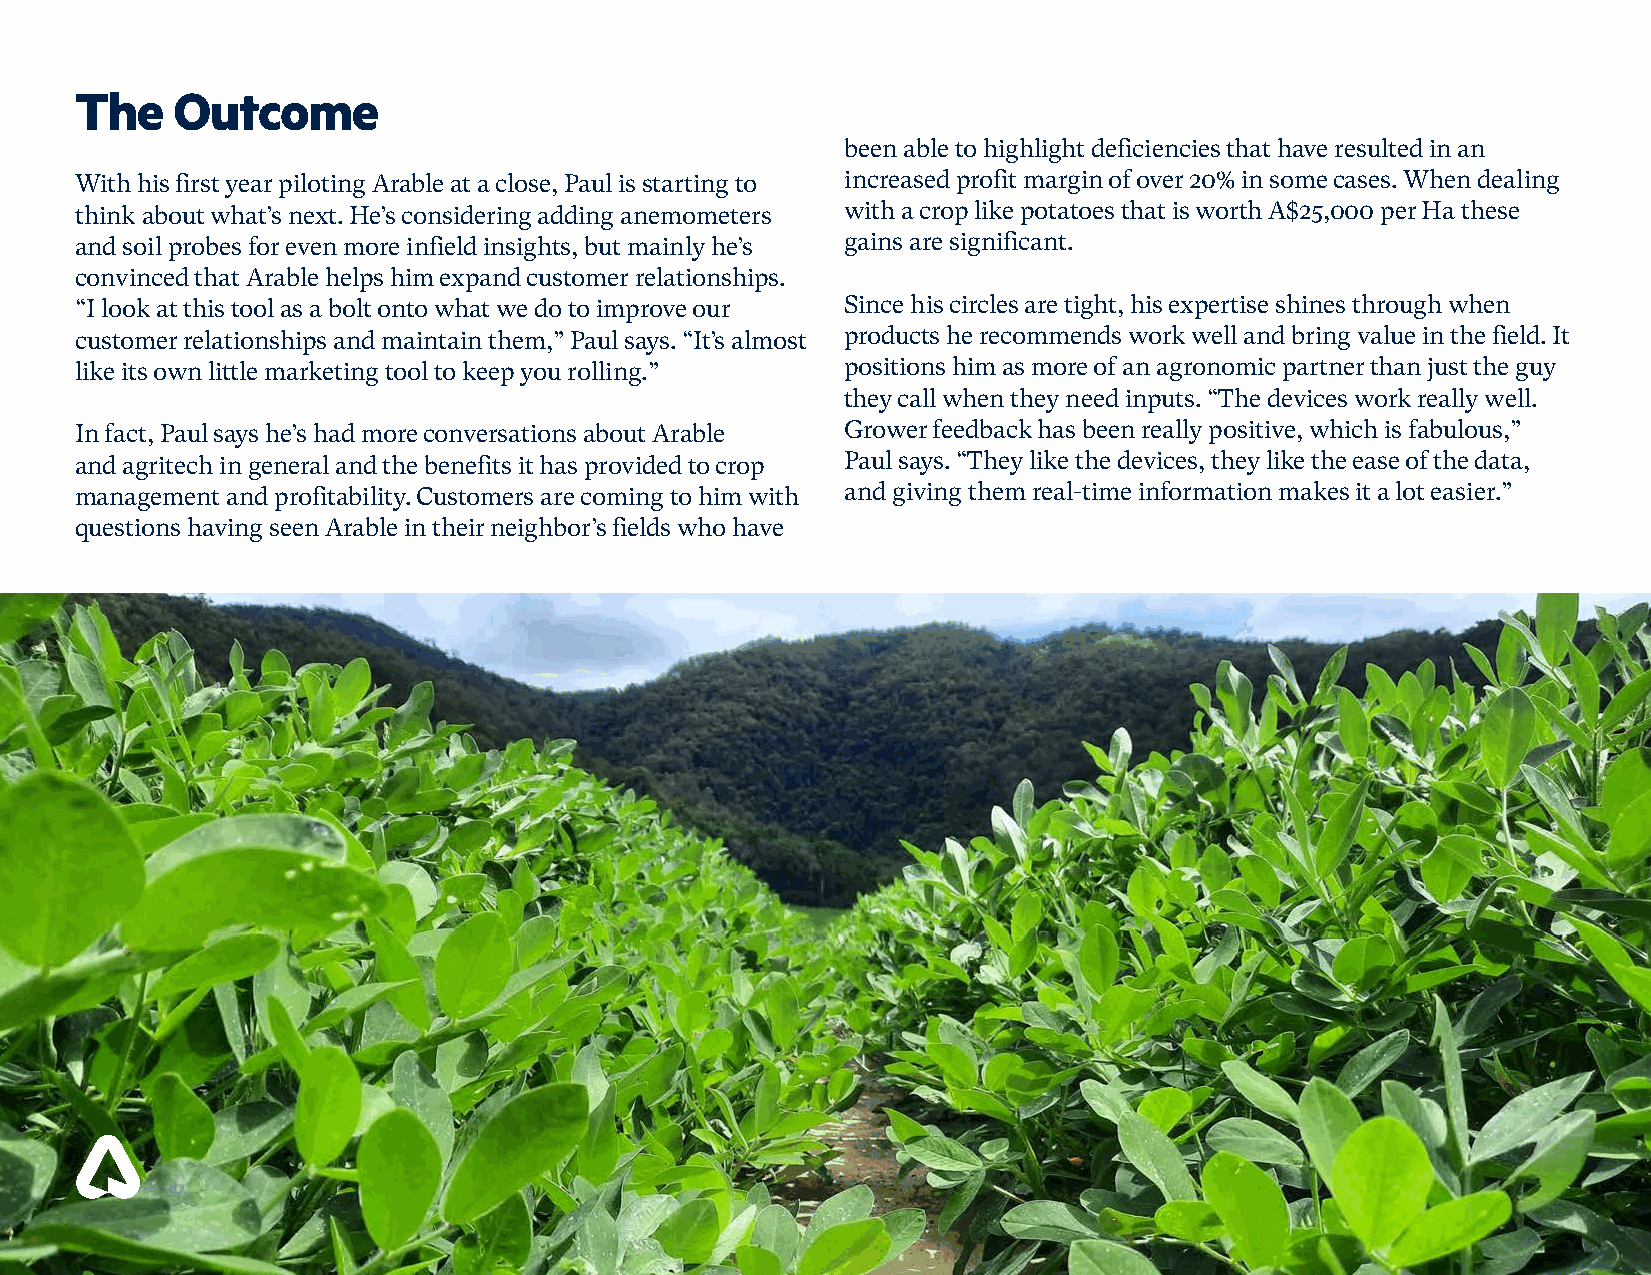
The   Outcome
 been able to highlight deficiencies that have resulted in an
 With his first year piloting Arable at a close, Paul is starting to increased profit margin of over 20% in some cases. When dealing
 think about what’s next. He’s considering adding anemometers with a crop like potatoes that is worth A$25,000 per Ha these
 and soil probes for even more infield insights, but mainly he’s gains are significant.
 convinced that Arable helps him expand customer relationships.
 “I look at this tool as a bolt onto what we do to improve our Since his circles are tight, his expertise shines through when
 customer relationships and maintain them,” Paul says. “It’s almost products he recommends work well and bring value in the field. It
 like its own little marketing tool to keep you rolling.” positions him as more of an agronomic partner than just the guy
 they call when they need inputs. “The devices work really well.
 In fact, Paul says he’s had more conversations about Arable Grower feedback has been really positive, which is fabulous,”
 and agritech in general and the benefits it has provided to crop Paul says. “They like the devices, they like the ease of the data,
 management and profitability. Customers are coming to him with and giving them real-time information makes it a lot easier.”
 questions having seen Arable in their neighbor’s fields who have